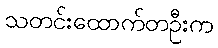
သတင်းထောက်တဦးက